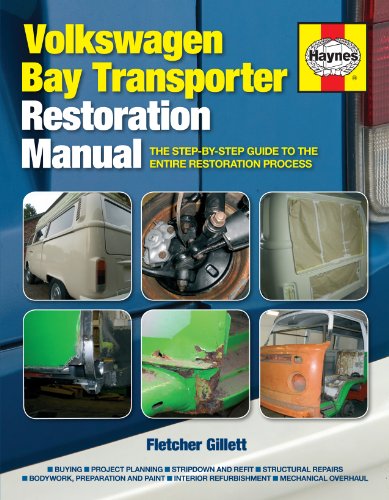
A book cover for Volkswagen Bay Transporter Restoration Manual: The Step-by-Step Guide to the Entire Restoration Process (Restoration Manuals); Fletcher Gillett; Business & Money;